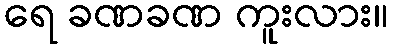
ရေ ခဏခဏ ကူးလား။